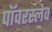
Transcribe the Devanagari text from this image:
पॉवरस्लेव